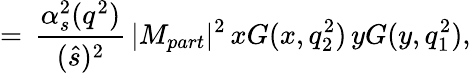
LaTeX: =\, \frac{\alpha_{s}^{2}(q^{2})}{(\hat{s})^{2}}\, \vert M_{part}\vert^{2}\, xG(x,q_{2}^{2})\, yG(y,q_{1}^{2}),